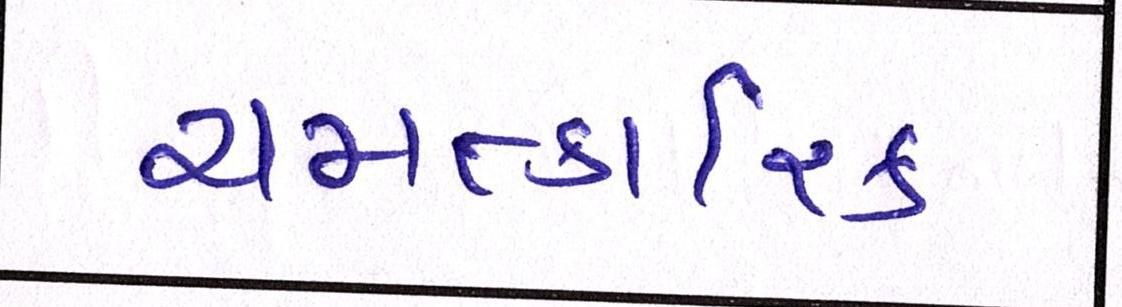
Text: ચમત્કારિક